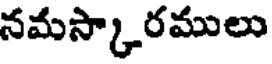
నమస్కారములు